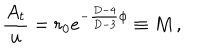
LaTeX: { \frac { A _ { t } } { u } } = r _ { 0 } e ^ { - { \frac { D - 4 } { D - 3 } } \phi } \equiv M \, ,